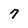
Character: 7